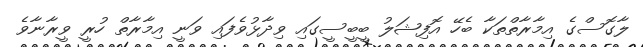
ލާގޮސްގެ އިމާރާތްތަކާ ބެހޭ އޮފިޝަލު ބީބީސީގައި ވިދާޅުވެފައި ވަނީ އިމާރާތް ހުރީ ވީރާނާވެ